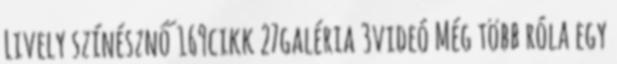
Lively színésznő 169cikk 27galéria 3videó Még több róla egy